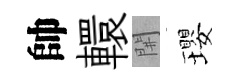
帥轘𨳩瓔